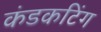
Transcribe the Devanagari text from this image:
कंडकटिंग